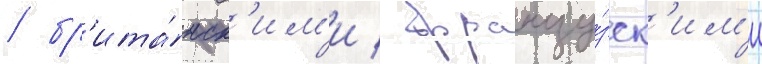
/ бр'ита́нск'им'и / францу́зск'им'и